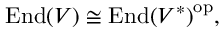
{ \mathrm { E n d } } ( V ) \cong { { \mathrm { E n d } } ( V ^ { * } ) } ^ { \mathrm { o p } } ,